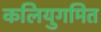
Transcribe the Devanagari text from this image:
कलियुगमित